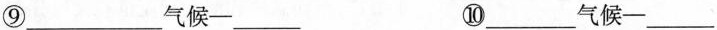
⑨___气候—___ ⑩___气候—___